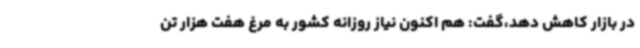
در بازار کاهش دهد،گفت: هم اکنون نیاز روزانه کشور به مرغ هفت هزار تن